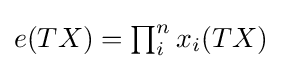
{\textstyle e(TX)=\prod _{i}^{n}x_{i}(TX)}